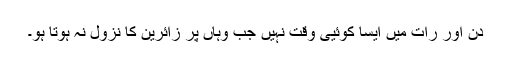
دن اور رات میں ایسا کوئیی وقت نہیں جب وہاں پر زائرین کا نزول نہ ہوتا ہو۔